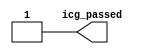
/*Copyright 2019-2021 T-Head Semiconductor Co., Ltd.

Licensed under the Apache License, Version 2.0 (the "License");
you may not use this file except in compliance with the License.
You may obtain a copy of the License at

    http://www.apache.org/licenses/LICENSE-2.0

Unless required by applicable law or agreed to in writing, software
distributed under the License is distributed on an "AS IS" BASIS,
WITHOUT WARRANTIES OR CONDITIONS OF ANY KIND, either express or implied.
See the License for the specific language governing permissions and
limitations under the License.
*/
`define CLK_PERIOD          10
//`include "./cpu_cfig.h"
module cpu_icg_test_tb(
icg_passed
);
output icg_passed;
reg icg_passed;
//data array parameter
//gated cell clk
reg temp_forever_cpuclk      ;
reg temp_external_en         ;
reg temp_pad_yy_test_mode    ;
wire temp_xor_clk            ;
always
#(`CLK_PERIOD/2)  temp_forever_cpuclk = ~temp_forever_cpuclk;

`ifdef GATED_CELL
gated_clk_cell  x_gated_clk_cell_xor (
  .clk_in                   (temp_forever_cpuclk      ),
  .clk_out                  (temp_xor_clk             ),
  .external_en              (temp_external_en         ),
  .global_en                (1'b0                     ),
  .local_en                 (1'b0                     ),
  .module_en                (1'b0                     ),
  // .pad_yy_gate_clk_en_b     (temp_pad_yy_test_mode   )

  .pad_yy_icg_scan_en       (   1'b0                     )
);

//initial
//begin
//  $fsdbDumpfile("icg.fsdb");
//  $fsdbDumpon;
//  $fsdbDumpvars();
//  //$dumpfile("test.vcd");
//  //  //$dumpvars;
//  //  end
//end
`endif



integer i;

`ifdef GATED_CELL
initial 
begin
//gated cell test
           #20
           temp_forever_cpuclk         = 1'b0;
           temp_external_en            = 1'b0;
           temp_pad_yy_test_mode       = 1'b0;
           icg_passed                  = 1'b0;
           #100
//gated celll type test 
           $display("$$$$$$$$$  gated clk type aftre gated,clkout should be 0  test......                                    $");    
           @(posedge temp_forever_cpuclk)
           #0.1
            if(temp_xor_clk !== 1'b0)
               begin
                   $display("$          Sorry, aftre gated clock out is  %h, gated clk check fail ! @_@     $",temp_xor_clk);    
                   $finish;
               end
            #(`CLK_PERIOD/2)
            if(temp_xor_clk !== 1'b0)
               begin
                   $display("$          gated clk  check fail ! @_@     $",temp_xor_clk);    
                   $finish;
               end

            #(`CLK_PERIOD/2)
            if(temp_xor_clk !== 1'b0)
               begin
                   $display("$          gated clk  check fail ! @_@     $",temp_xor_clk);    
                   $finish;
               end
//loacal enable enable test,clkout next cycle valid 
           $display("$$$$$$$$$  gated clk local en  enable  test......                                    $");    
           @(posedge temp_forever_cpuclk)
           #0.1
           temp_external_en            = 1'b1;
           temp_pad_yy_test_mode       = 1'b0;
           #0.1
            if(temp_xor_clk !== 1'b0)
               begin
                   $display("$          Sorry, aftre gated clock out is  %h, gated clk check fail ! @_@     $",temp_xor_clk);    
                   $finish;
               end
            #(`CLK_PERIOD/2)
            if(temp_xor_clk !== 1'b0)
               begin
                   $display("$          gated clk  check fail ! @_@     $",temp_xor_clk);    
                   $finish;
               end
            #(`CLK_PERIOD/2)
            if(temp_xor_clk !== 1'b1)
               begin
                   $display("$          gated loacl en  check fail ! @_@     $",temp_xor_clk);    
                   $finish;
               end

//loacal en disable test,clkout next cycle invalid
           $display("$$$$$$$$$  gated clk local en disable   test......                                  $");    
           @(posedge temp_forever_cpuclk)
           #0.1
           temp_external_en            = 1'b0;
           temp_pad_yy_test_mode       = 1'b0;
           #0.1
            if(temp_xor_clk !== 1'b1)
               begin
                   $display("$          Sorry, loacel en gated disable  check fail ! @_@     $",temp_xor_clk);    
                   $finish;
               end
            #(`CLK_PERIOD/2)
            if(temp_xor_clk !== 1'b0)
               begin
                   $display("$          Sorry, loacel en gated disable  check fail ! @_@     $",temp_xor_clk);    
                   $finish;
               end
            #(`CLK_PERIOD/2)
            if(temp_xor_clk !== 1'b0)
               begin
                   $display("$          Sorry, loacel en gated disable  check fail ! @_@     $",temp_xor_clk);    
                   $finish;
               end
//test en enable test,clkout current cycle vaild
           $display("$$$$$$$$$  gated clk test en enable   test......                                  $");    
           @(posedge temp_forever_cpuclk)
           #0.1
//           temp_external_en            = 1'b0;
//           temp_pad_yy_test_mode       = 1'b1;
//           #0.1
//            if(temp_xor_clk !== 1'b1)
//               begin
//                   $display("$          Sorry, test en enable  check fail ! @_@     $",temp_xor_clk);    
//                   $finish;
//               end
//            #(`CLK_PERIOD/2)
//            if(temp_xor_clk !== 1'b0)
//               begin
//                   $display("$          Sorry, test en enable  check fail ! @_@     $",temp_xor_clk);    
//                   $finish;
//               end
//            #(`CLK_PERIOD/2)
//            if(temp_xor_clk !== 1'b1)
//               begin
//                   $display("$          Sorry, test en enable  check fail ! @_@     $",temp_xor_clk);    
//                   $finish;
//               end
//
////test en disable test,clkout cycle cycle  invalid
//           $display("$$$$$$$$$  gated clk test en disable   test......                                  $");    
//           @(posedge temp_forever_cpuclk)
//           #0.1
           temp_external_en            = 1'b0;
           temp_pad_yy_test_mode       = 1'b0;
           #0.1
            if(temp_xor_clk !== 1'b0)
               begin
                   $display("$          Sorry, test en disable  check fail ! @_@     $",temp_xor_clk);    
                   $finish;
               end
            #(`CLK_PERIOD/2)
            if(temp_xor_clk !== 1'b0)
               begin
                   $display("$          Sorry, test en disable  check fail ! @_@     $",temp_xor_clk);    
                   $finish;
               end
            #(`CLK_PERIOD/2)
            if(temp_xor_clk !== 1'b0)
               begin
                   $display("$          Sorry, test en disable  check fail ! @_@     $",temp_xor_clk);    
                   $finish;
               end

//test en and loacal en both enabke  test,clkout valid current cycle
           $display("$$$$$$$$$  gated clk test en local en both enable   test......                                  $");    
           @(posedge temp_forever_cpuclk)
           #0.1
//           temp_external_en            = 1'b1;
//           temp_pad_yy_test_mode       = 1'b1;
//           #0.1
//            if(temp_xor_clk !== 1'b1)
//               begin
//                   $display("$          Sorry, gated enable check fail ! @_@     $",temp_xor_clk);    
//                   $finish;
//               end
//            #(`CLK_PERIOD/2)
//            if(temp_xor_clk !== 1'b0)
//               begin
//                   $display("$          Sorry, gated enable check fail ! @_@     $",temp_xor_clk);    
//                   $finish;
//               end
//            #(`CLK_PERIOD/2)
//            if(temp_xor_clk !== 1'b1)
//               begin
//                   $display("$          Sorry, gated enable check fail ! @_@     $",temp_xor_clk);    
//                   $finish;
//               end
//
////test en and loacal en both disable  test,clkout disable next cycle
//           $display("$$$$$$$$$  gated clk test en local en both disable   test......                                  $");    
//           @(posedge temp_forever_cpuclk)
//           #0.1
//           temp_external_en            = 1'b0;
//           temp_pad_yy_test_mode       = 1'b0;
//           #0.1
//            if(temp_xor_clk !== 1'b1)
//               begin
//                   $display("$          Sorry, gated disable check fail ! @_@     $",temp_xor_clk);    
//                   $finish;
//               end
//            #(`CLK_PERIOD/2)
//            if(temp_xor_clk !== 1'b0)
//               begin
//                   $display("$          Sorry, gated disable check fail ! @_@     $",temp_xor_clk);    
//                   $finish;
//               end
//            #(`CLK_PERIOD/2)
//            if(temp_xor_clk !== 1'b0)
//               begin
//                   $display("$          Sorry, gated disable check fail ! @_@     $",temp_xor_clk);    
//                   $finish;
//               end
           icg_passed = 1'b1;
           $display("$$$$$$$$$$$$$$$$$$$$$$$$$$$$$$$$$$$$$$$$$$$$$$$$$$$$$$$$$$$$$$$$$$");
           $display("$           gated clk test PASS!!!!!!!!!!!!!!!!!!!!                     $");    
           $display("$           gated clk test PASS!!!!!!!!!!!!!!!!!!!!                     $");    
           $display("$           gated clk test PASS!!!!!!!!!!!!!!!!!!!!                     $");    
           $display("$$$$$$$$$$$$$$$$$$$$$$$$$$$$$$$$$$$$$$$$$$$$$$$$$$$$$$$$$$$$$$$$$$");
end
`else
initial
begin
  icg_passed = 1'b1;
end
`endif


endmodule